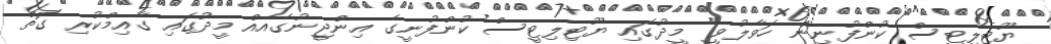
ޔޫޓިލިޓީސް ކުންފުނިން ހަވާލުވީ" މީދުގައި ޔޫޓިލިޓީސް ކުންފުނީގެ އިންޖީނުގެއެއް މީދުގައި ގާއިމްކުރި ގޮތް